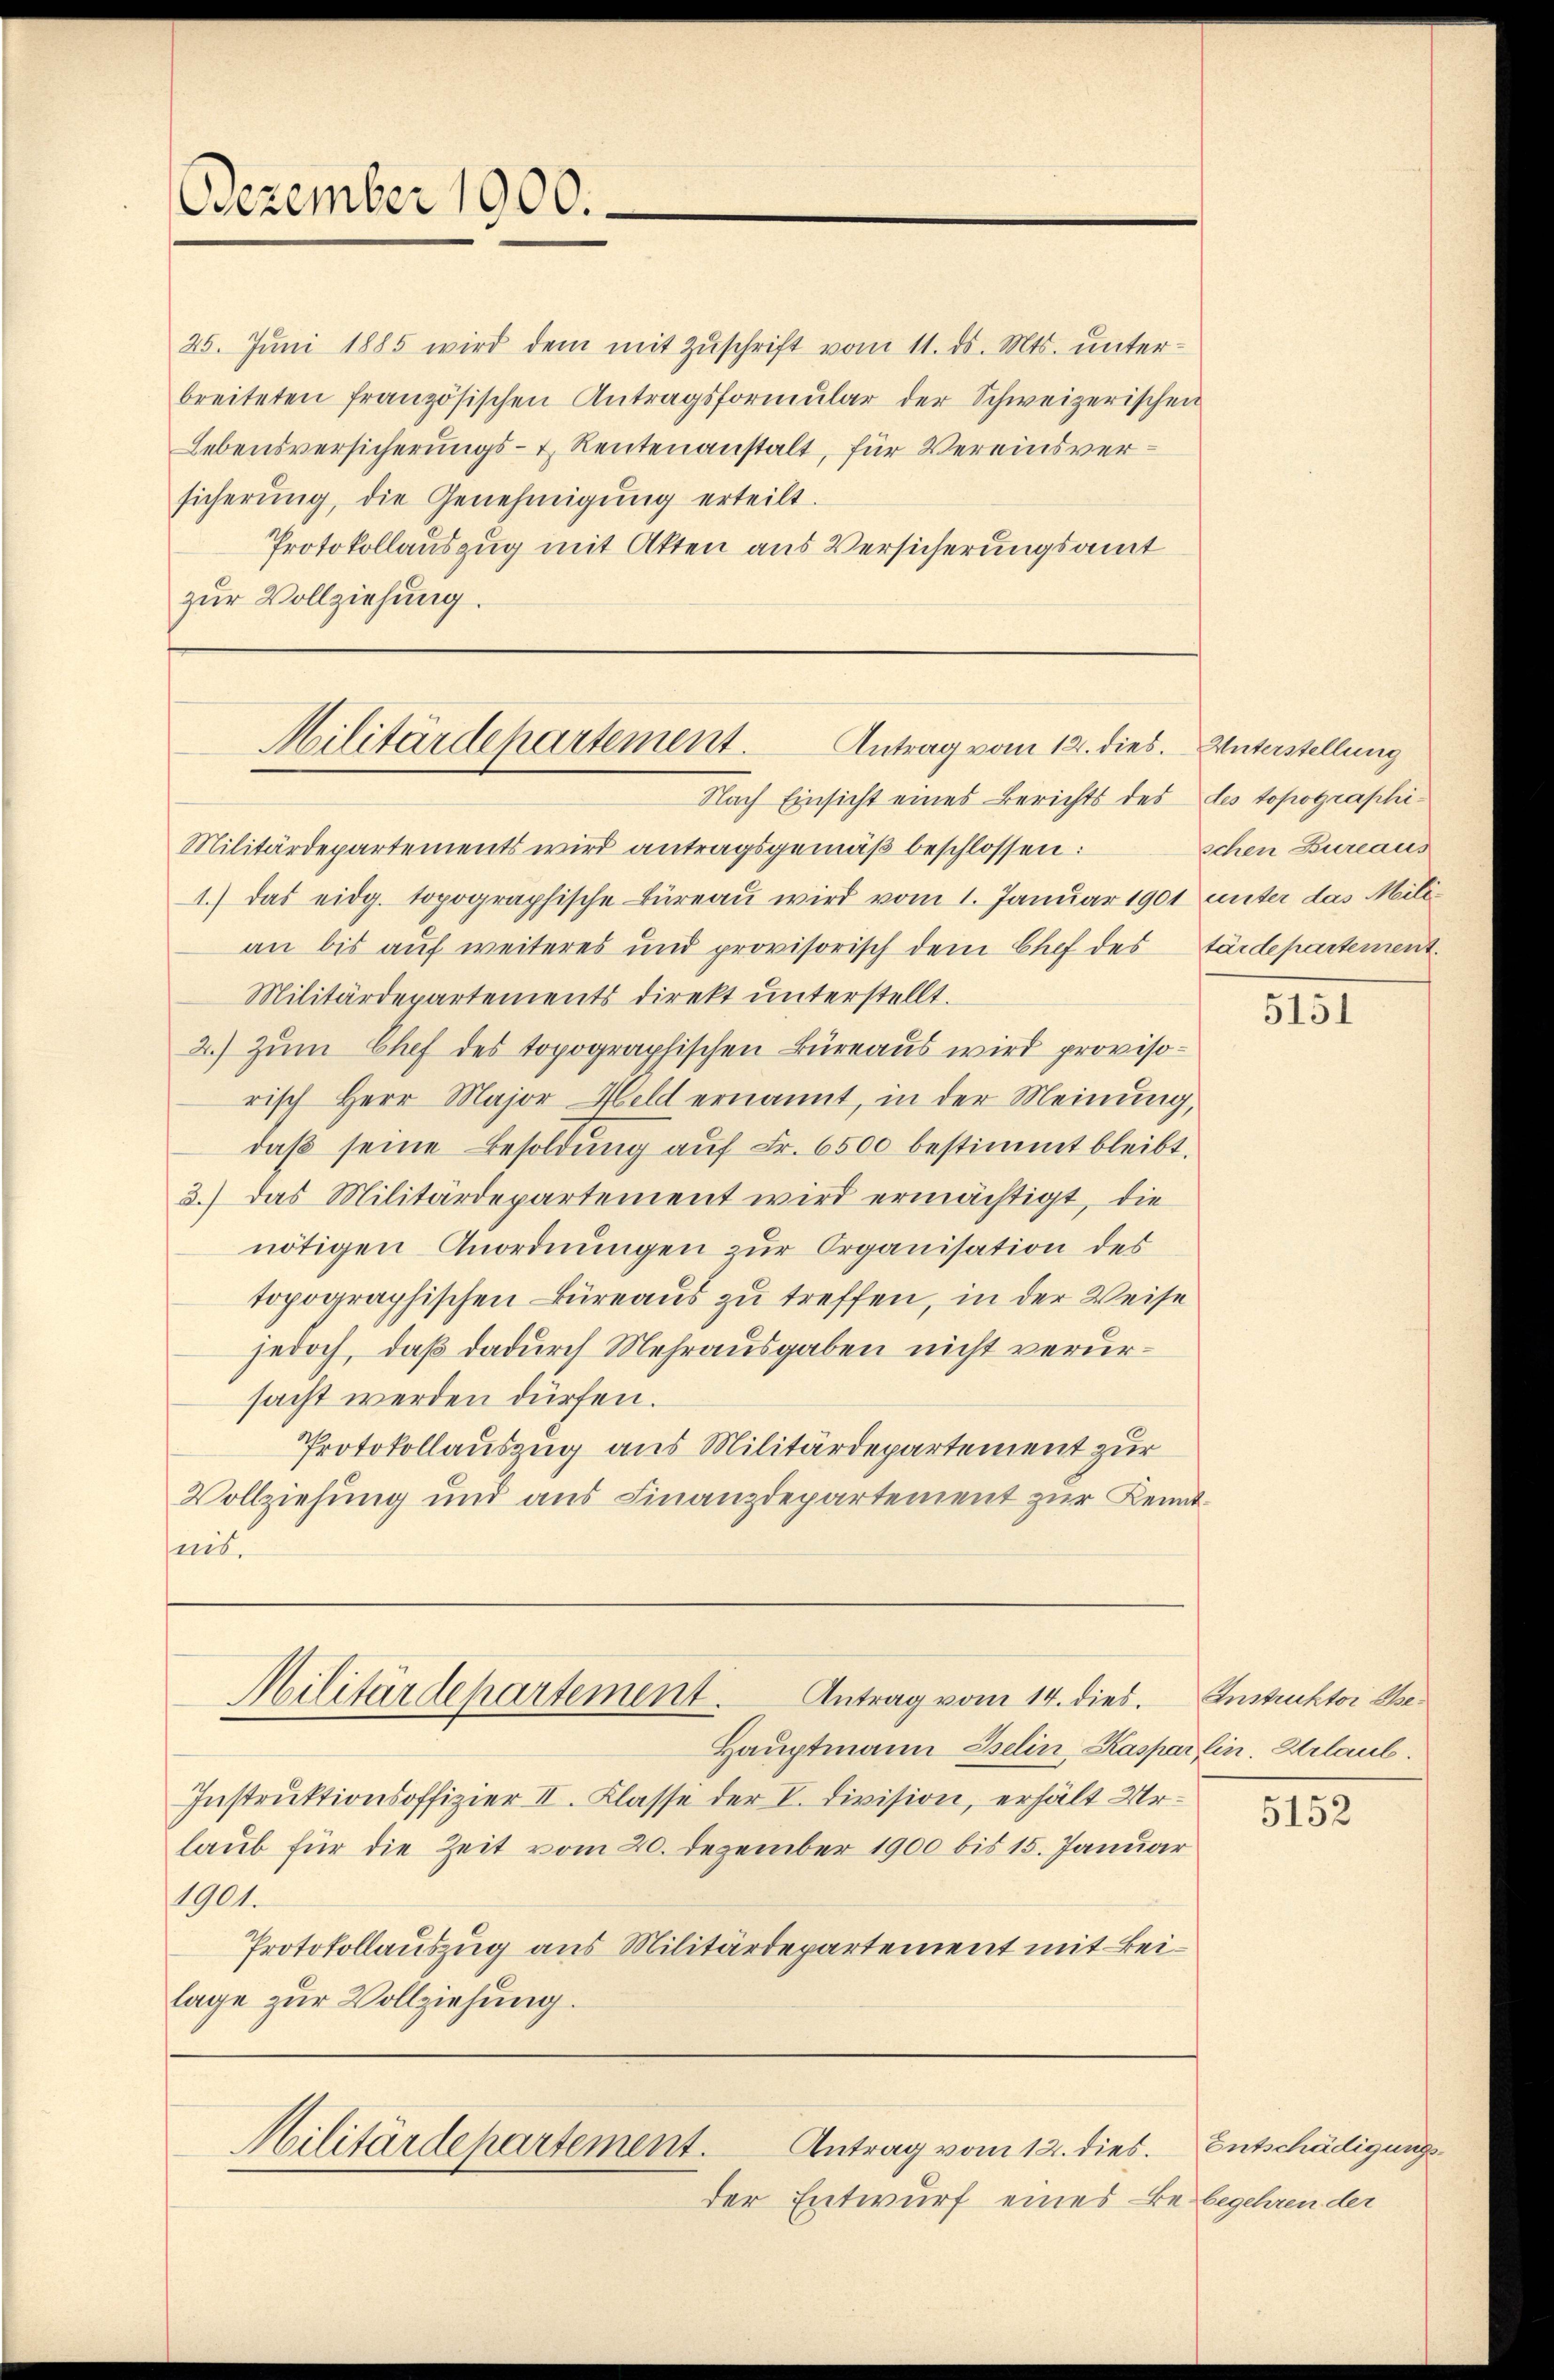
Dezember 1900.

25. Juni 1885 wird dem mit Zuschrift vom 11. ds. Mts. unter-
breiteten französischen Antragsformŭlar der Schweizerischen
Lebensversicherungs- & Reutenanstalt, für Vereinsversicherŭng, die Genehmigŭng erteilt.
Protokollauszug mit Atten aus Versicherungsamt
zur Vollziehung.

Militärdepartement.
Antrag vom 12. dies. Unterstellung
Nach Einsicht eines Berichts des des topographi¬

Militärdepartements wird antragsgemäß beschlossen:
1.) das eidg. topographische Büreau wird vom 1. Januar 1901 unter das Milian bis auf weiteres und provisorisch dem Chef des tärdepartement.
Militärdepartements direkt unterstellt.
2.) Zum Chef des topographischen Büreaus wird provisorisch Herr Major Held ernannt, in der Meinung,
daβ seine Besoldung auf Fr. 6500 bestimmt bleibt.
3.) Das Militärdepartement wird ermächtigt, die
nötigen Anordnungen zur Organisation des
topographischen Büreaus zu treffen, in der Weise
jedoch, daß dadurch Mehrausgaben nicht verursacht werden dürfen.
Protokollauszug aus Militärdepartement zur
Vollziehung und aus Finanzdepartement zur Kennteit.

Militärdepartement. Antrag vom 14. dies.

Militärdepartement.
Antrag vom 12. dies.

Hauptmann Iselin Kaspar lin. Urlaub.
Instruktionsoffizier II. Klasse der V. Division, erhält Urlaub für die Zeit vom 20. Dezember 1900 bis 15. Januar
1901
Protokollauszug aus Militärdepartement mit Beilage zur Vollziehung.

der Entwurf eines Bebegehren der

schen Bureaus

5151

Instruktor Be¬

5152

Entschädigung.